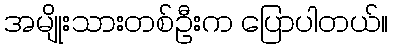
အမျိုးသားတစ်ဦးက ပြောပါတယ်။